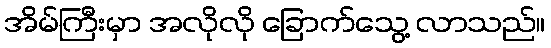
အိမ်ကြီးမှာ အလိုလို ခြောက်သွေ့ လာသည်။